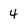
Character: 4